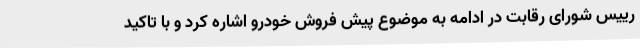
رییس شورای رقابت در ادامه به موضوع پیش فروش خودرو اشاره کرد و با تاکید